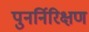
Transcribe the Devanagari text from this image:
पुनर्निरिक्षण